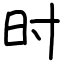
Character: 时